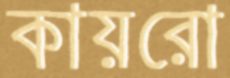
কায়রো